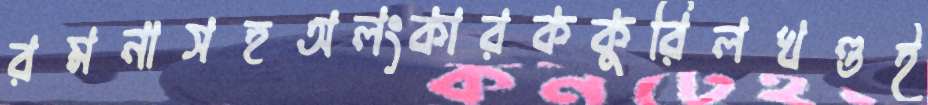
রমনাসহঅলংকারককুরিলখণ্ডই